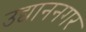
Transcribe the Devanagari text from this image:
उद्याननगर